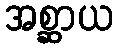
အစ္ဆာယ